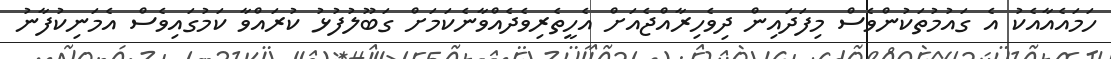
ހަމައެއާއެކު އެ ގައުމުތަކުންވެސް މިފަދައިން ދިވެހިރާއްޖެއަށް އެހީތެރިވެދެއްވާނެކަމަށް ގަބޫލުފުޅު ކުރައްވާ ކަމުގައިވެސް އެމަނިކުފާނު